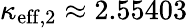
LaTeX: \kappa_{\mathrm{eff},2}\approx 2.55403